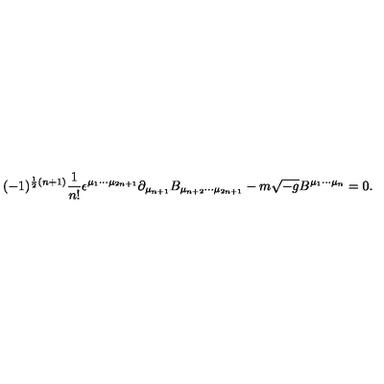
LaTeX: ( - 1 ) ^ { \frac 1 2 ( n + 1 ) } { \frac { 1 } { n ! } } \epsilon ^ { \mu _ { 1 } \cdots \mu _ { 2 n + 1 } } \partial _ { \mu _ { n + 1 } } B _ { \mu _ { n + 2 } \cdots \mu _ { 2 n + 1 } } - m \sqrt { - g } B ^ { \mu _ { 1 } \cdots \mu _ { n } } = 0 .